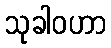
သုခါဝဟာ